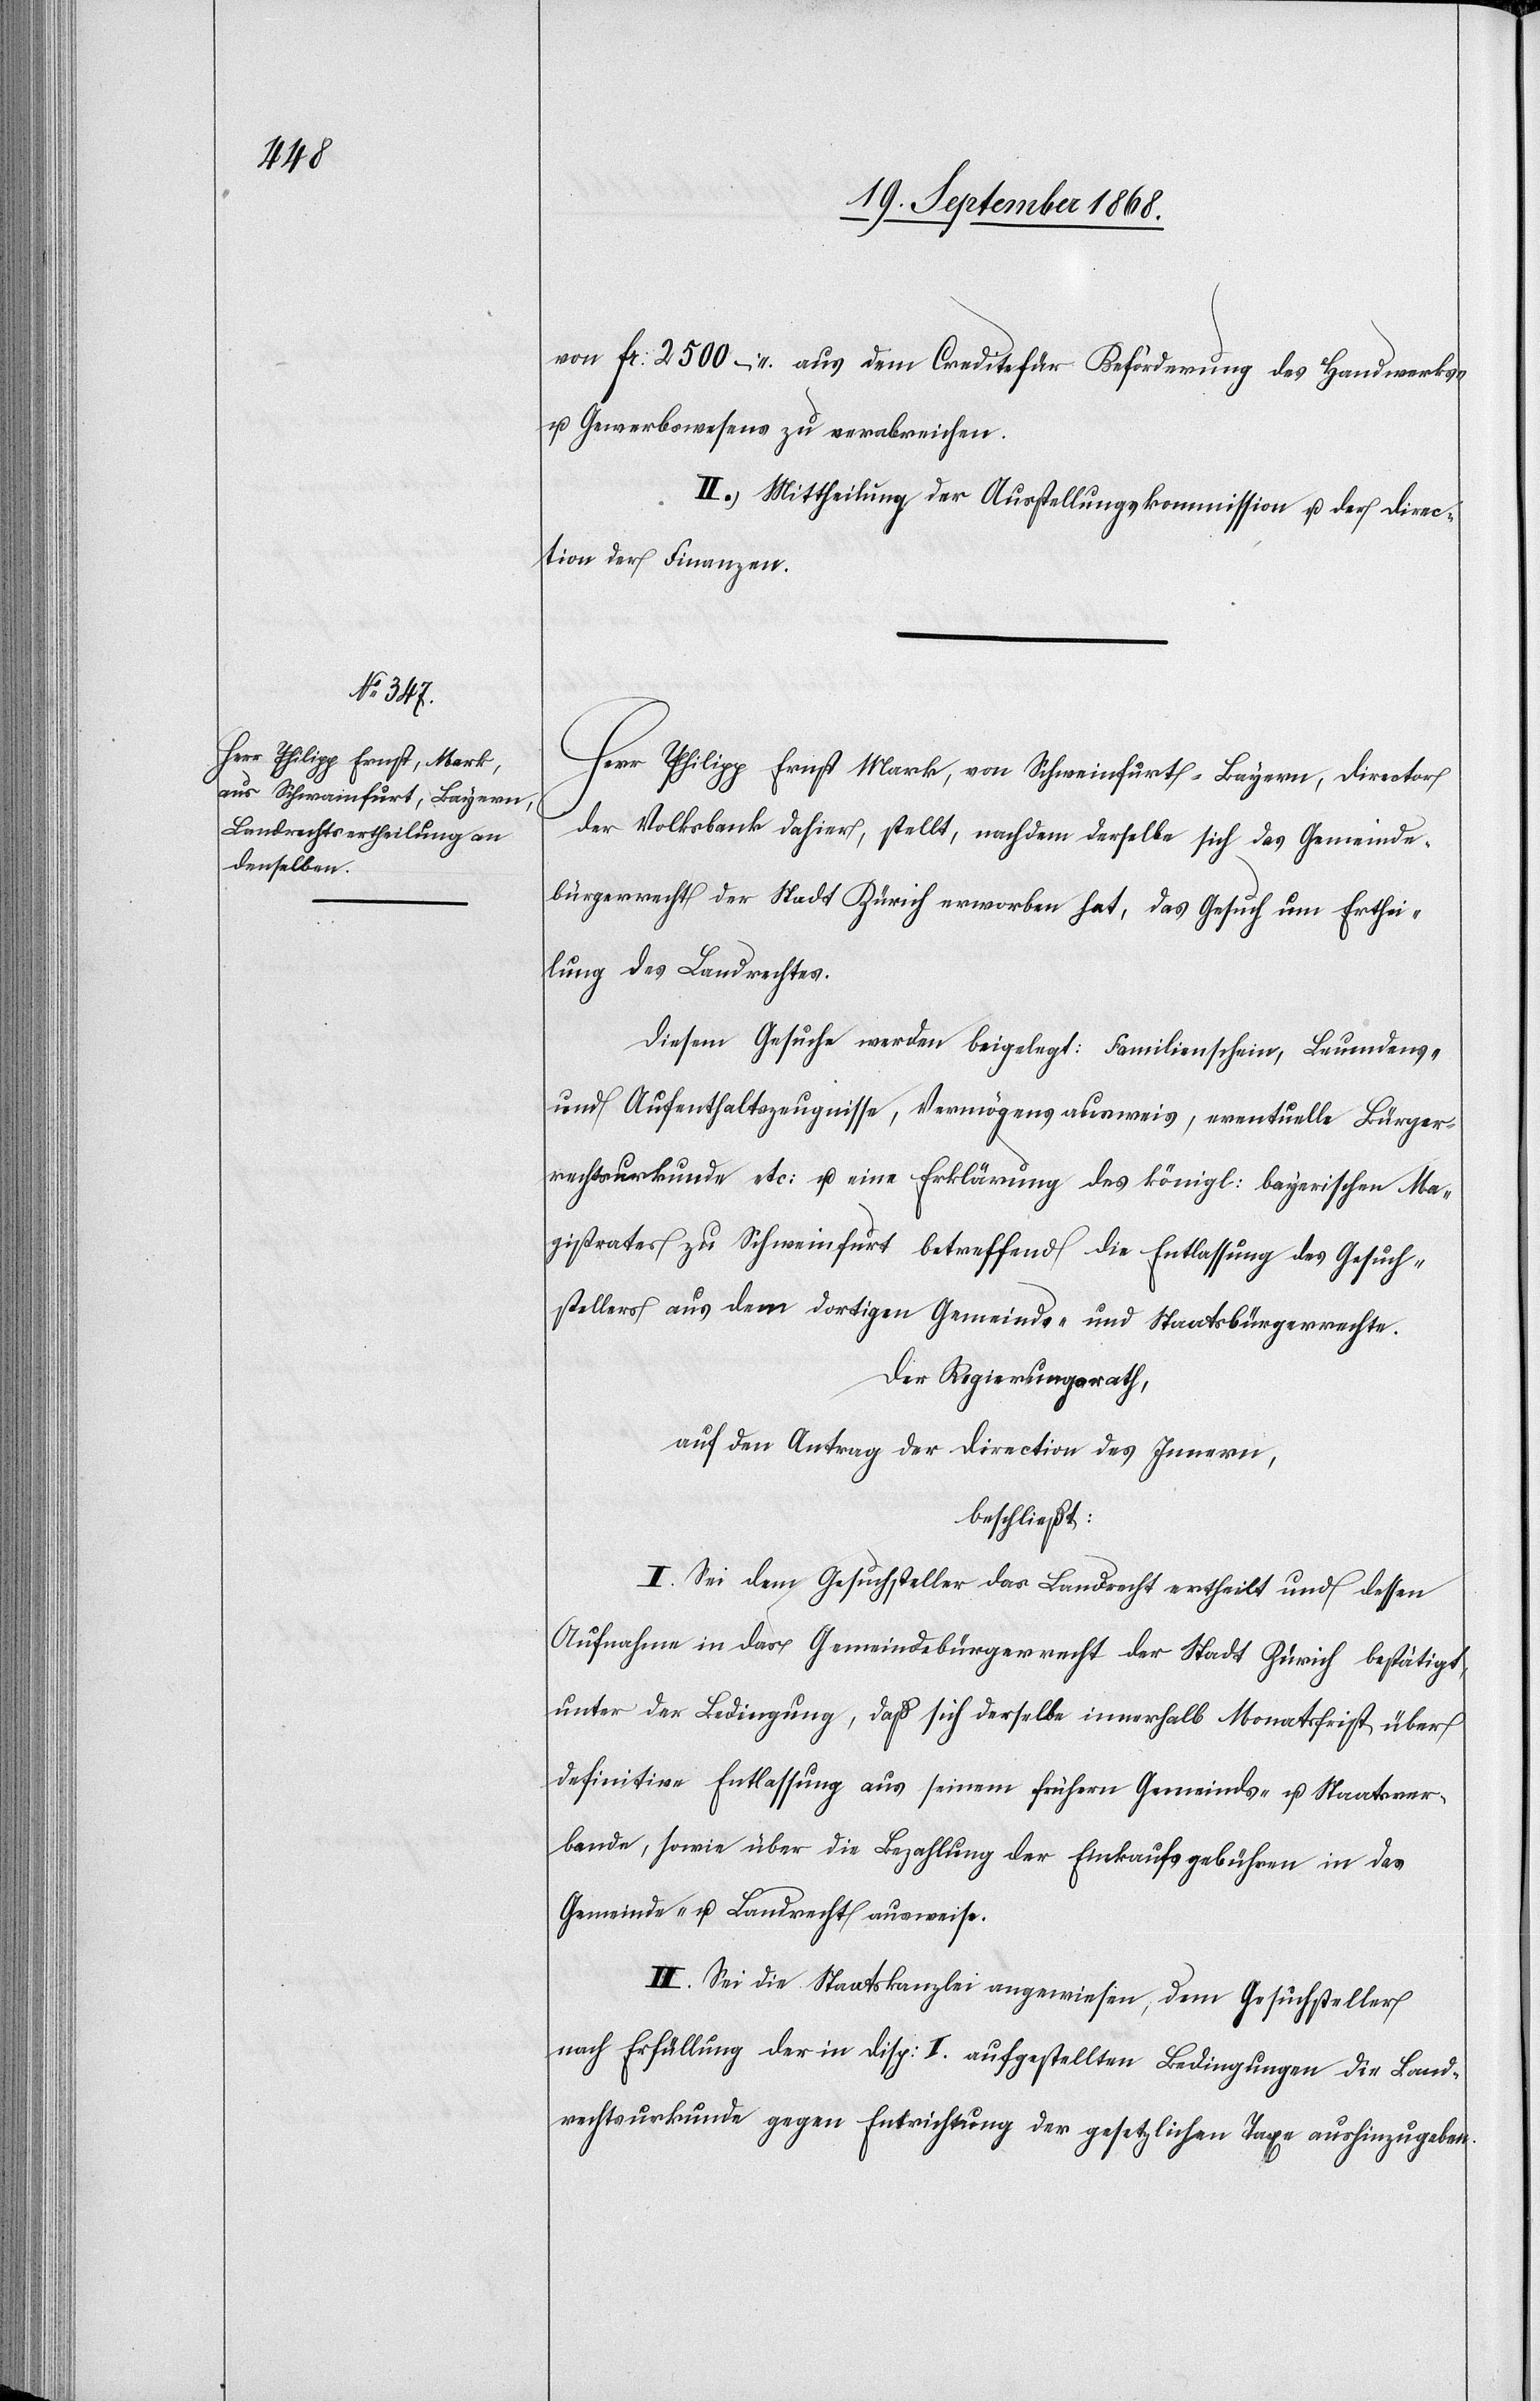
Fr: 2500 – aus dem Credite für Beförderung des Handwerks-
u. Gewerbswesens zu verabreichen.
II. Mittheilung der Ausstellungskommission u. der Direc¬
tion der Finanzen.
Herr Philipp Ernst Mark, von Schweinfurt - Bayern, Director
der Volksbank dahier, stellt, nachdem derselbe sich das Gemeinde¬
bürgerrecht der Stadt Zürich erworben hat, das Gesuch um Erthei¬
lung des Landrechtes.
Diesem Gesuche werden beigelegt: Familienschein, Leumdens-
und Aufenthaltszeugnisse, Vermögensausweis, eventuelle Bürger¬
rechtsurkunde etc: u. eine Erklärung des königl: bayerischen Ma¬
gistrates zu Schweinfurt betreffend die Entlassung des Gesuch¬
stellers aus dem dortigen Gemeinds- und Staatsbürgerrechte.
Der Regierungsrath,
auf den Antrag der Direction des Innern,
beschließt:
I. Sei dem Gesuchsteller das Landrecht ertheilt und dessen
Aufnahme in das Gemeindebürgerrecht der Stadt Zürich bestätigt,
unter der Bedingung, daß sich derselbe innerhalb Monatsfrist über
definitive Entlassung aus seinem frühern Gemeinds- u. Staatsver¬
bande, sowie über die Bezahlung der Einkaufsgebühren in das
Gemeinde- u. Landrecht ausweise.
II. Sei die Staatskanzlei angewiesen, dem Gesuchsteller
nach Erfüllung der in Disp: I. aufgestellten Bedingungen die Land¬
rechtsurkunde gegen Entrichtung der gesetzlichen Taxe aushinzugeben.